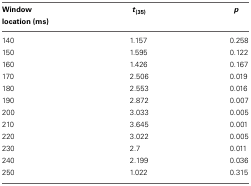
<table><thead><tr><td><b>Window location (ms)</b></td><td><b><i>t</i><sub>(35)</sub></b></td><td><b><i>p</i></b></td></tr></thead><tbody><tr><td>140</td><td>1.157</td><td>0.258</td></tr><tr><td>150</td><td>1.595</td><td>0.122</td></tr><tr><td>160</td><td>1.426</td><td>0.167</td></tr><tr><td>170</td><td>2.506</td><td>0.019</td></tr><tr><td>180</td><td>2.553</td><td>0.016</td></tr><tr><td>190</td><td>2.872</td><td>0.007</td></tr><tr><td>200</td><td>3.033</td><td>0.005</td></tr><tr><td>210</td><td>3.645</td><td>0.001</td></tr><tr><td>220</td><td>3.022</td><td>0.005</td></tr><tr><td>230</td><td>2.7</td><td>0.011</td></tr><tr><td>240</td><td>2.199</td><td>0.036</td></tr><tr><td>250</td><td>1.022</td><td>0.315</td></tr></tbody></table>